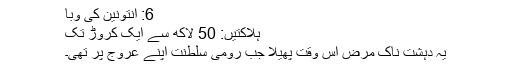
6: انتونین کی وبا
ہلاکتیں: 50 لاکھ سے ایک کروڑ تک
یہ دہشت ناک مرض اس وقت پھیلا جب رومی سلطنت اپنے عروج پر تھی۔